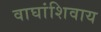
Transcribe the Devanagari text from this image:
वाघांशिवाय